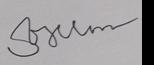
Signature authenticity: forged